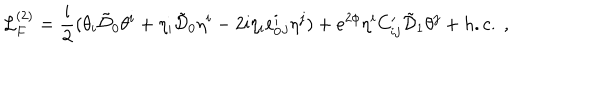
{ \cal L } _ { F } ^ { ( 2 ) } = \frac { \mathrm { i } } { 2 } ( \theta _ { i } \tilde { { \cal D } } _ { 0 } \theta ^ { i } + \eta _ { i } \tilde { { \cal D } } _ { 0 } \eta ^ { i } - 2 \mathrm { i } \eta _ { i } e _ { 0 } ^ { i } { } _ { j } \eta ^ { j } ) + e ^ { 2 \phi } \eta ^ { i } C _ { i j } ^ { \prime } \tilde { { \cal D } } _ { 1 } \theta ^ { j } + h . c . \ ,